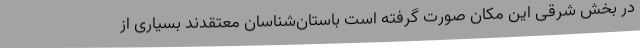
در بخش شرقی این مکان صورت گرفته است باستان‌شناسان معتقدند بسیاری از